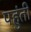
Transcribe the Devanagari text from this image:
पहुंती